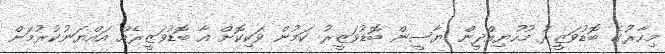
މިހާރުގެ ބޮޑުވަޒީރު މުހުޔިއްދީން ޔާސީން ބޮޑުވަޒީރު ކަމުން ވަކިކޮށް އާ ބޮޑުވަޒީރެއް އައްޔަނުކުރުމަށް